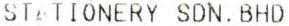
ST TIONERY SDN. BHD